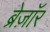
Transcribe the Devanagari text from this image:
ब्रेज़ाॅर